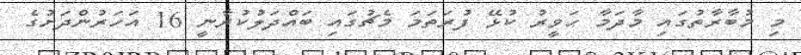
މި މުބާރާތުގައި މާދަމާ ހަވީރު ކުޅޭ ފުރަތަމަ މެޗުގައި ބައްދަލުކުރާނީ 16 އަހަރުންދަށުގެ